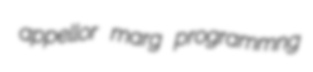
appellor marg programmng